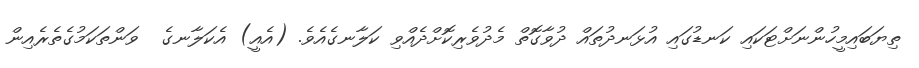
ތިޔަބައިމީހުންނަށްޓަކައި ކަނޑުގައި އުޅަނދުތައް ދުވާގޮތް މެދުވެރިކޮށްދެއްވި ކަލާނގެއެވެ. (އެއީ) އެކަލާނގެ  ވަންތަކަމުގެތެރެއިން